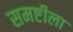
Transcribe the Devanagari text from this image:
समष्टीला